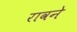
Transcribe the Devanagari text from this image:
रावने